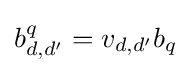
b_{d,d'}^{q}=v_{d,d'}b_{q}